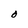
Character: O